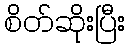
စိတ်ဆိုးပြီး